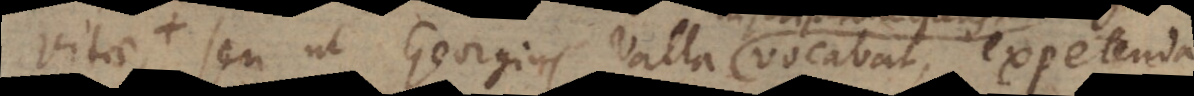
gens), seu ut Georgius Valla vocabat, expetenda